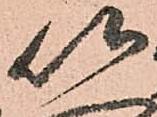
以